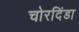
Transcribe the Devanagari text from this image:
चोरदिंडा